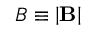
B \equiv \left| \mathbf { B } \right|